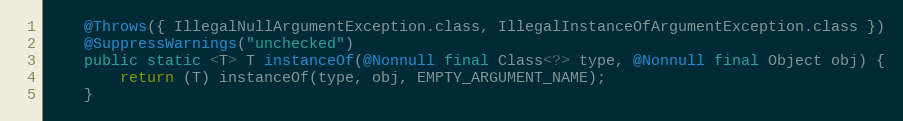
Language: Java
	@Throws({ IllegalNullArgumentException.class, IllegalInstanceOfArgumentException.class })
	@SuppressWarnings("unchecked")
	public static <T> T instanceOf(@Nonnull final Class<?> type, @Nonnull final Object obj) {
		return (T) instanceOf(type, obj, EMPTY_ARGUMENT_NAME);
	}